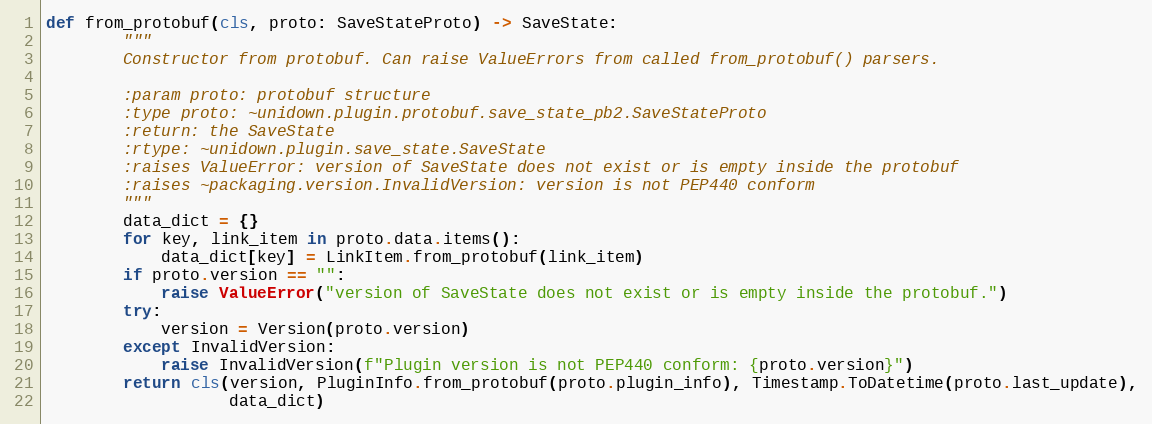
Language: Python
def from_protobuf(cls, proto: SaveStateProto) -> SaveState:
        """
        Constructor from protobuf. Can raise ValueErrors from called from_protobuf() parsers.

        :param proto: protobuf structure
        :type proto: ~unidown.plugin.protobuf.save_state_pb2.SaveStateProto
        :return: the SaveState
        :rtype: ~unidown.plugin.save_state.SaveState
        :raises ValueError: version of SaveState does not exist or is empty inside the protobuf
        :raises ~packaging.version.InvalidVersion: version is not PEP440 conform
        """
        data_dict = {}
        for key, link_item in proto.data.items():
            data_dict[key] = LinkItem.from_protobuf(link_item)
        if proto.version == "":
            raise ValueError("version of SaveState does not exist or is empty inside the protobuf.")
        try:
            version = Version(proto.version)
        except InvalidVersion:
            raise InvalidVersion(f"Plugin version is not PEP440 conform: {proto.version}")
        return cls(version, PluginInfo.from_protobuf(proto.plugin_info), Timestamp.ToDatetime(proto.last_update),
                   data_dict)